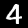
Digit: 4